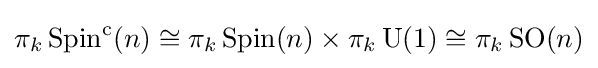
\pi _{k}\operatorname {Spin} ^{\mathrm {c} }(n)\cong \pi _{k}\operatorname {Spin} (n)\times \pi _{k}\operatorname {U} (1)\cong \pi _{k}\operatorname {SO} (n)